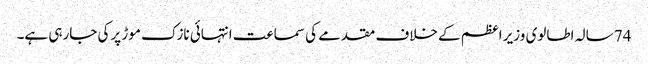
74 سالہ اطالوی وزیر اعظم کے خلاف مقدمے کی سماعت انتہائی نازک موڑ پرکی جارہی ہے۔